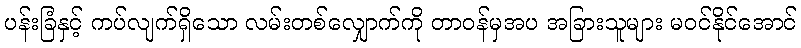
ပန်းခြံနှင့် ကပ်လျက်ရှိသော လမ်းတစ်လျှောက်ကို တာဝန်မှအပ အခြားသူများ မဝင်နိုင်အောင်